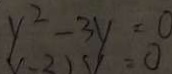
y ^ { 2 } - 3 y = 0